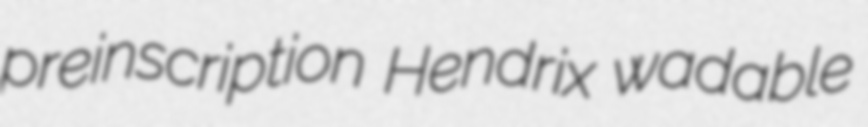
preinscription Hendrix wadable